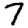
Digit: 7